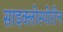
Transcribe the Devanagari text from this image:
साइक्लोस्पोरीन